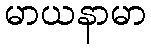
မာယနာမာ